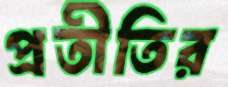
প্রতীতির